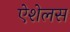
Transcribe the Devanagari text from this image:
ऐशेलस